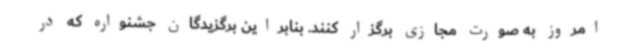
امروز به صورت مجازی برگزار کنند. بنابراین برگزیدگان جشنواره که در